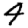
Digit: 4